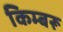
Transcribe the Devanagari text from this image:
किम्बरू